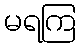
မရကြ